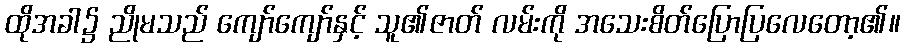
ထိုအခါ၌ ညိုမသည် ကျော်ကျော်နှင့် သူ၏ဇာတ် လမ်းကို အသေးစိတ်ပြောပြလေတော့၏။